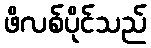
ဖိလစ်ပိုင်သည်